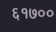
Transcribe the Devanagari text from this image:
६१७००